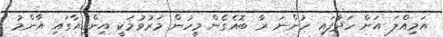
އަމިއްލަ އަށް ހަދާފައި ހުންނަ ރާ ބޮއެގެން މީހުން މަރުވުމަކީ އިންޑިއާގައި އާންމު